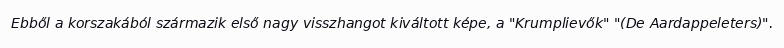
Ebből a korszakából származik első nagy visszhangot kiváltott képe, a "Krumplievők" "(De Aardappeleters)".